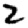
Digit: 2